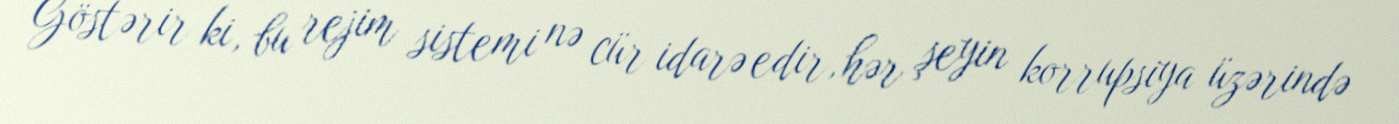
Göstərir ki, bu rejim sistemi nə cür idarə edir, hər şeyin korrupsiya üzərində